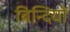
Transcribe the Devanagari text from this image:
बिन्दियों